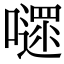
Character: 嚃